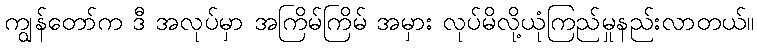
ကျွန်တော်က ဒီ အလုပ်မှာ အကြိမ်ကြိမ် အမှား လုပ်မိလို့ယုံကြည်မှုနည်းလာတယ်။